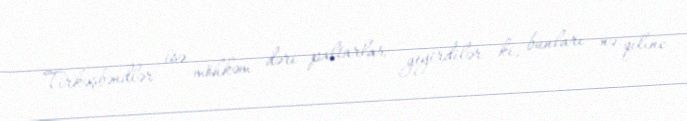
Tirkəşbəndlər isə möhkəm dəri paltarlar geyirdilər ki, bunları nə qılınc